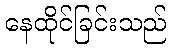
နေထိုင်ခြင်းသည်